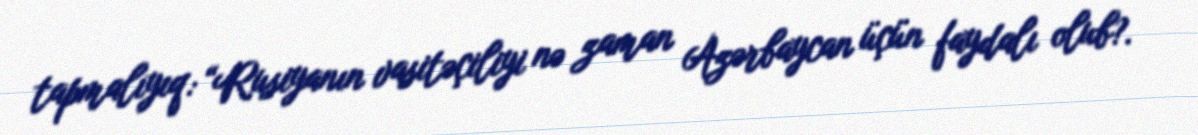
tapmalıyıq: “Rusiyanın vasitəçiliyi nə zaman Azərbaycan üçün faydalı olub?.